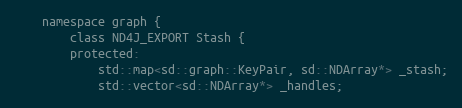
Language: C
    namespace graph {
        class ND4J_EXPORT Stash {
        protected:
            std::map<sd::graph::KeyPair, sd::NDArray*> _stash;
            std::vector<sd::NDArray*> _handles;